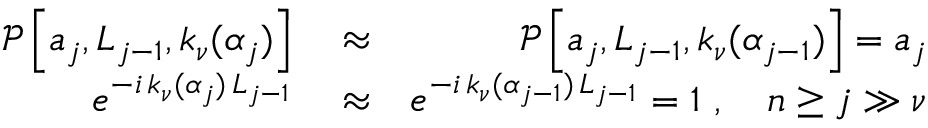
\begin{array} { r l r } { \mathcal { P } \left[ a _ { j } , L _ { j - 1 } , k _ { \nu } ( \alpha _ { j } ) \right] } & { { } \approx } & { \mathcal { P } \left[ a _ { j } , L _ { j - 1 } , k _ { \nu } ( \alpha _ { j - 1 } ) \right] = a _ { j } } \\ { e ^ { - i \, k _ { \nu } ( \alpha _ { j } ) \, L _ { j - 1 } } } & { { } \approx } & { e ^ { - i \, k _ { \nu } ( \alpha _ { j - 1 } ) \, L _ { j - 1 } } = 1 \ , \quad n \geq j \gg \nu } \end{array}